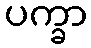
ပက္ခာ